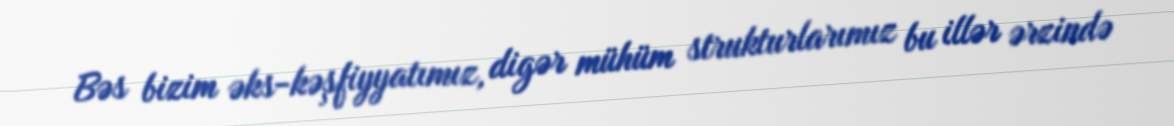
Bəs bizim əks-kəşfiyyatımız, digər mühüm strukturlarımız bu illər ərzində